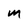
Character: M